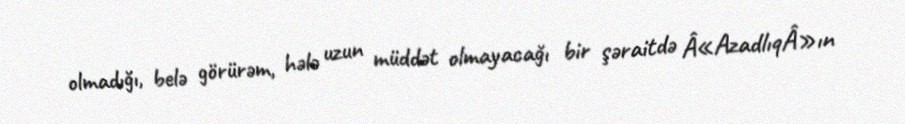
olmadığı, belə görürəm, hələ uzun müddət olmayacağı bir şəraitdə Â«AzadlıqÂ»ın